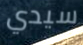
سيدي